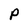
Character: P